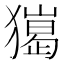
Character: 𤢠